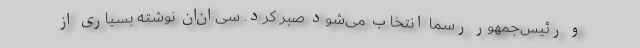
و رئیس‌جمهور رسماً انتخاب می‌شود صبر کرد. سی‌ان‌ان نوشته بسیاری از